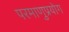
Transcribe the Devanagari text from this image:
परमाणुप्रयोग